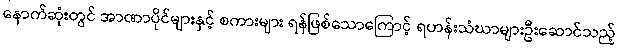
နောက်ဆုံးတွင် အာဏာပိုင်များနှင့် စကားများ ရန်ဖြစ်သောကြောင့် ရဟန်းသံဃာများဦးဆောင်သည့်